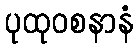
ပုထုဝစနာနံ